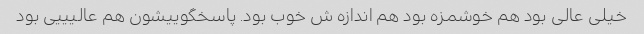
خیلی عالی بود هم خوشمزه بود هم اندازه ش خوب بود. پاسخگوییشون هم عالیییی بود